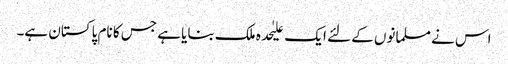
اس نے مسلمانوں کے لئے ایک علیٰحدہ ملک بنایا ہے جس کا نام پاکستان ہے۔